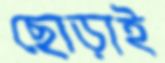
ছোড়াই